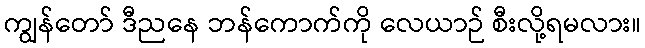
ကျွန်တော် ဒီညနေ ဘန်ကောက်ကို လေယာဉ် စီးလို့ရမလား။